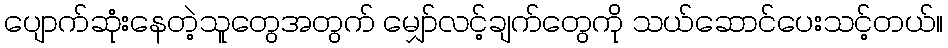
ပျောက်ဆုံးနေတဲ့သူတွေအတွက် မျှော်လင့်ချက်တွေကို သယ်ဆောင်ပေးသင့်တယ်။